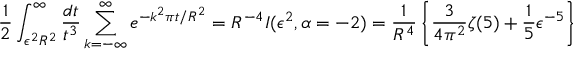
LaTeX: \frac { 1 } { 2 } \int _ { \epsilon ^ { 2 } R ^ { 2 } } ^ { \infty } \frac { d t } { t ^ { 3 } } \sum _ { k = - \infty } ^ { \infty } e ^ { - k ^ { 2 } \pi t / R ^ { 2 } } = R ^ { - 4 } { \cal I } ( \epsilon ^ { 2 } , \alpha = - 2 ) = \frac { 1 } { R ^ { 4 } } \left\{ \frac { 3 } { 4 \pi ^ { 2 } } \zeta ( 5 ) + \frac { 1 } { 5 } \epsilon ^ { - 5 } \right\}